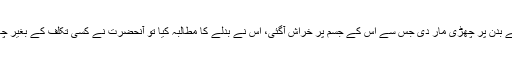
جناب نبی اکرم صلی اللہ علیہ وسلم نے ایک مجلس میں اپنے ایک صحابیؓ کو ننگے بدن پر چھڑی مار دی جس سے اس کے جسم پر خراش آگئی، اس نے بدلے کا مطالبہ کیا تو آنحضرتؐ نے کسی تکلف کے بغیر چھڑی اس کے ہاتھ میں دے کر اپنا بدن اس کے آگے کر دیا تاکہ وہ بدلہ لے سکے۔